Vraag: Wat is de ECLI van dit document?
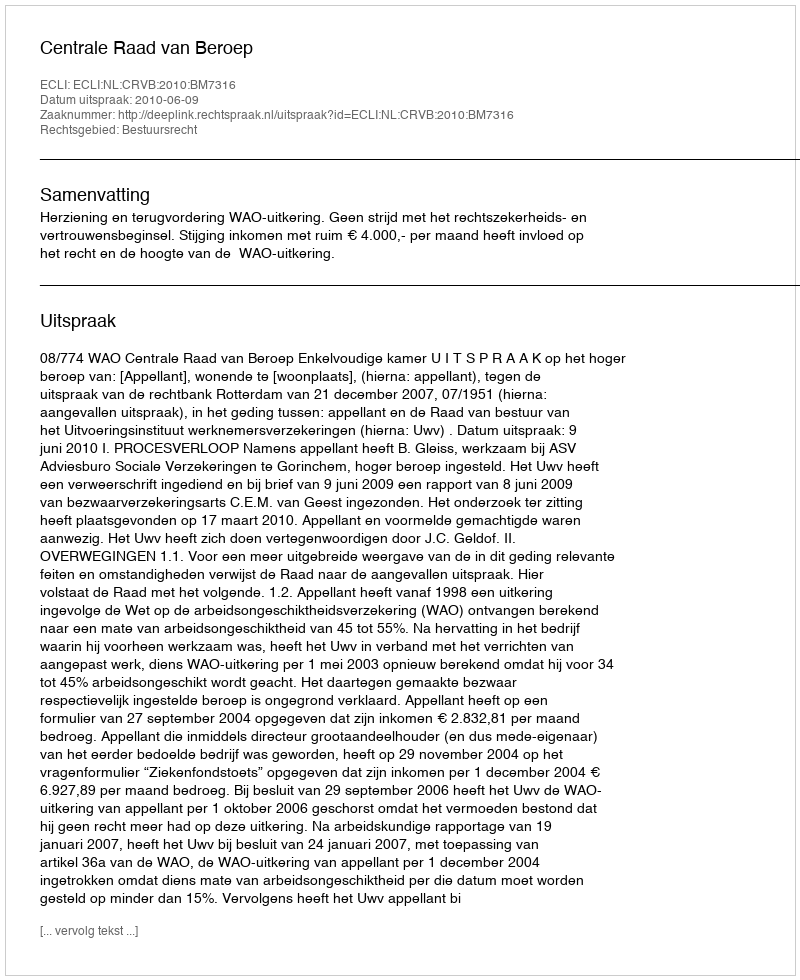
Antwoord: ECLI:NL:CRVB:2010:BM7316